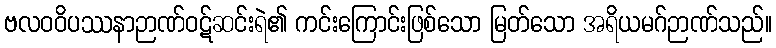
ဗလဝဝိပဿနာဉာဏ်ဝဋ်ဆင်းရဲ၏ ကင်းကြောင်းဖြစ်သော မြတ်သော အရိယမဂ်ဉာဏ်သည်။